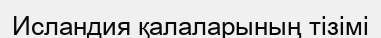
Исландия қалаларының тізімі